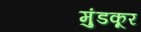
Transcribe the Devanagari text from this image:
मुंडकूर